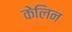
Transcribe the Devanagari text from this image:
केलिन